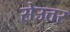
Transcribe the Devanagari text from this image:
सेउत्तर